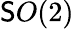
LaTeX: \mathsf{S}O(2)